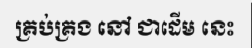
គ្រប់គ្រង នៅ ជាដើម នេះ